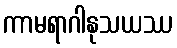
ကာမရာဂါနုသယဿ